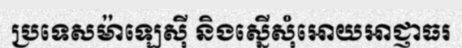
ប្រទេសម៉ាឡេស៊ី និងស្នើសុំអោយអាជ្ញាធរ